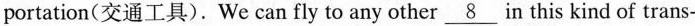
portation(交通工具).We can fly to any other \underline{8} in this kind of trans-